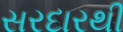
સરદારથી